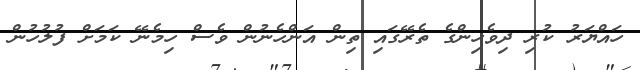
ހައްޔަރު ކުރި ދިވެހިންގެ ތެރޭގައި ތިން އަންހެނުން ވެސް ހިމެނޭ ކަމަށް ފުލުހުން